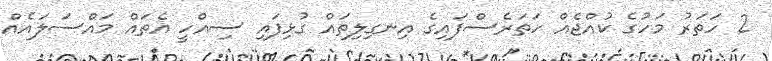
2 ހަތަރު މަހުގެ ކުއްޖެއް ހަތަރެސްފައިގެ އިނގިލިތައް ގުޅިފައި ސިއްހީ އެތައް މައްސަލައެއް